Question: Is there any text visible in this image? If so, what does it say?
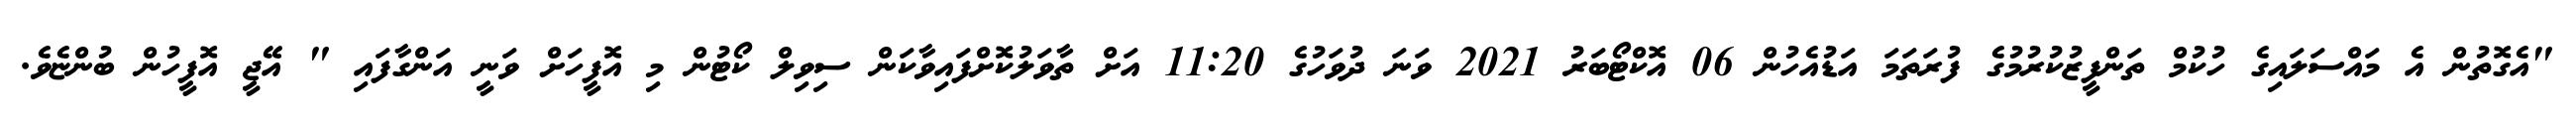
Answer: "އެގޮތުން އެ މައްސަލައިގެ ހުކުމް ތަންފީޒުކުރުމުގެ ފުރަތަމަ އަޑުއެހުން 06 އޮކްޓޯބަރު 2021 ވަނަ ދުވަހުގެ 11:20 އަށް ތާވަލުކޮށްފައިވާކަން ސިވިލް ކޯޓުން މި އޮފީހަށް ވަނީ އަންގާފައި " އޭޖީ އޮފީހުން ބުންޏެވެ.